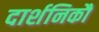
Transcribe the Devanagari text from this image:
दार्शनिकौं